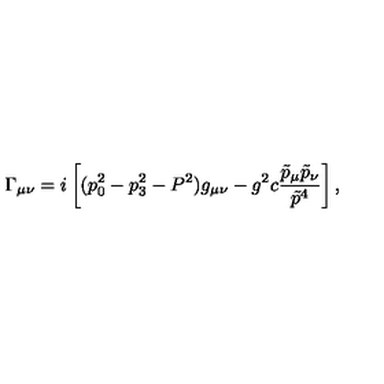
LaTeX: \Gamma _ { \mu \nu } = i \left[ ( p _ { 0 } ^ { 2 } - p _ { 3 } ^ { 2 } - P ^ { 2 } ) g _ { \mu \nu } - g ^ { 2 } c { \frac { \tilde { p } _ { \mu } \tilde { p } _ { \nu } } { \tilde { p } ^ { 4 } } } \right] ,